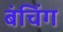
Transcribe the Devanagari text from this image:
बंचिंग